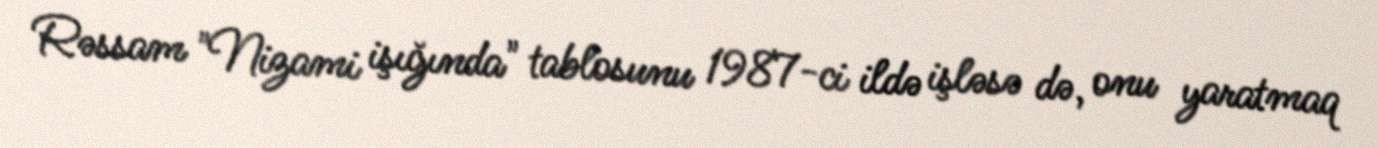
Rəssam "Nizami işığında" tablosunu 1987-ci ildə işləsə də, onu yaratmaq